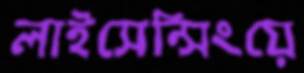
লাইসেন্সিংয়ে